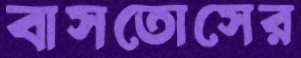
বাসতোসের